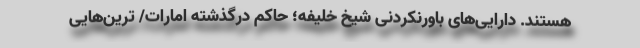
هستند. دارایی‌های باورنکردنی شیخ خلیفه؛ حاکم درگذشته امارات/ ترین‌هایی